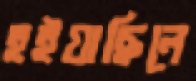
হইয়াছিলে